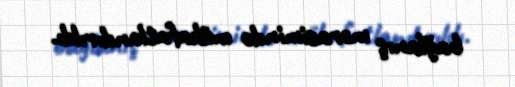
bağlanış mərasimində mükafatlandırıldı.